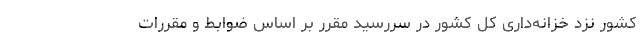
کشور نزد خزانه‌داری کل کشور در سررسید مقرر بر اساس ضوابط و مقررات